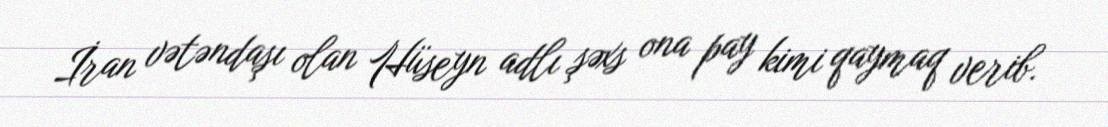
İran vətəndaşı olan Hüseyn adlı şəxs ona pay kimi qaymaq verib.